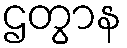
ဌတွာန